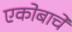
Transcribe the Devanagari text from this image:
एकोबाचे